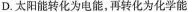
D.太阳能转化为电能，再转化为化学能